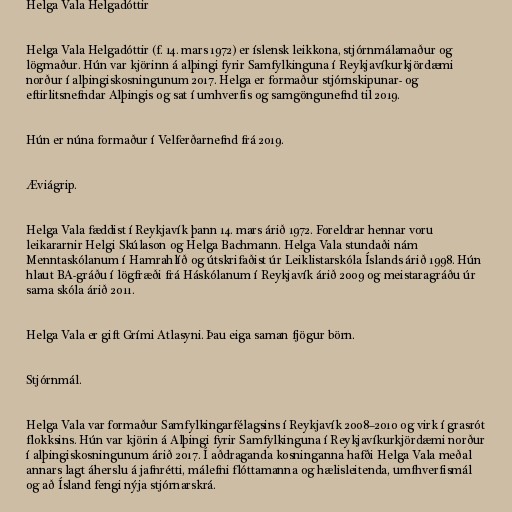
Helga Vala Helgadóttir

Helga Vala Helgadóttir (f. 14. mars 1972) er íslensk leikkona, stjórnmálamaður og
lögmaður. Hún var kjörinn á alþingi fyrir Samfylkinguna í Reykjavíkurkjördæmi
norður í alþingiskosningunum 2017. Helga er formaður stjórnskipunar- og
eftirlitsnefndar Alþingis og sat í umhverfis og samgöngunefnd til 2019.

Hún er núna formaður í Velferðarnefnd frá 2019.

Æviágrip.

Helga Vala fæddist í Reykjavík þann 14. mars árið 1972. Foreldrar hennar voru
leikararnir Helgi Skúlason og Helga Bachmann. Helga Vala stundaði nám
Menntaskólanum í Hamrahlíð og útskrifaðist úr Leiklistarskóla Íslands árið 1998. Hún
hlaut BA-gráðu í lögfræði frá Háskólanum í Reykjavík árið 2009 og meistaragráðu úr
sama skóla árið 2011.

Helga Vala er gift Grími Atlasyni. Þau eiga saman fjögur börn.

Stjórnmál.

Helga Vala var formaður Samfylkingarfélagsins í Reykjavík 2008–2010 og virk í grasrót
flokksins. Hún var kjörin á Alþingi fyrir Samfylkinguna í Reykjavíkurkjördæmi norður
í alþingiskosningunum árið 2017. Í aðdraganda kosninganna hafði Helga Vala meðal
annars lagt áherslu á jafnrétti, málefni flóttamanna og hælisleitenda, umfhverfismál
og að Ísland fengi nýja stjórnarskrá.